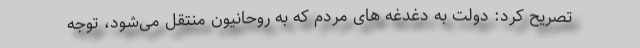
تصریح کرد: دولت به دغدغه های مردم که به روحانیون منتقل می‌شود، توجه